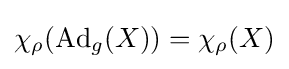
\chi _{\rho }(\operatorname {Ad} _{g}(X))=\chi _{\rho }(X)